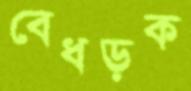
বেধড়ক